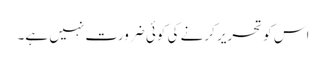
اس کو تحریر کرنے کی کوئی ضرورت نہیں ہے۔